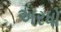
અરધો